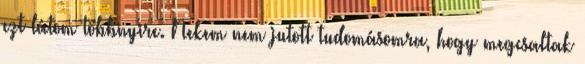
ezt látom többnyire. Nekem nem jutott tudomásomra, hogy megcsaltak